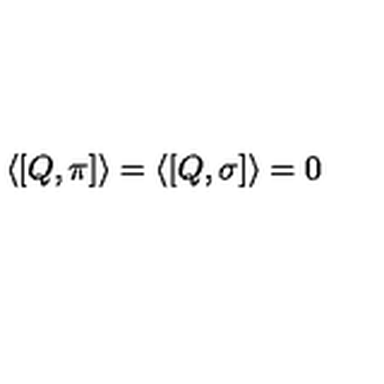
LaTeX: \langle [ Q , \pi ] \rangle = \langle [ Q , \sigma ] \rangle = 0